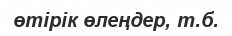
өтірік өлеңдер, т.б.